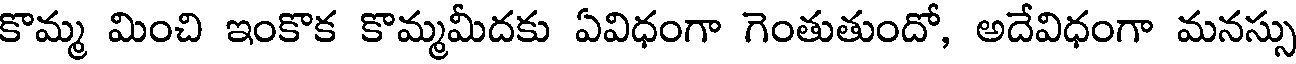
కొమ్మ మించి ఇంకొక కొమ్మమీదకు ఏవిధంగా గెంతుతుందో, అదేవిధంగా మనస్సు